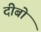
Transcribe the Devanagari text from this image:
दीबो